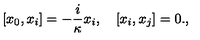
[ x _ { 0 } , x _ { i } ] = - \frac { i } { \kappa } x _ { i } , \quad [ x _ { i } , x _ { j } ] = 0 . ,